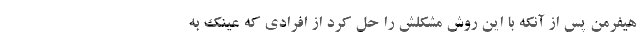
هیفرمن پس از آنکه با این روش مشکلش را حل کرد از افرادی که عینک به